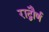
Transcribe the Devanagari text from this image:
राद्बौर्ण